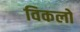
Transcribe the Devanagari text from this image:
विकलो